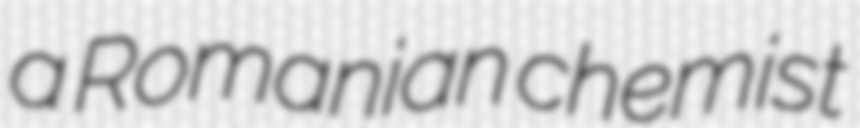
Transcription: a Romanian chemist